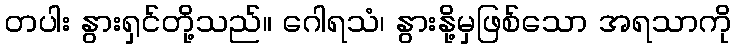
တပါး နွားရှင်တို့သည်။ ဂေါရသံ၊ နွားနို့မှဖြစ်သော အရသာကို